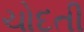
ચોદતી